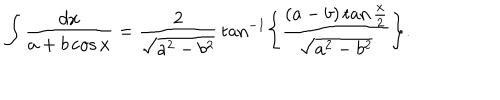
\int { \frac { d x } { a + b \cos x } } = { \frac { 2 } { \sqrt { a ^ { 2 } - b ^ { 2 } } } } \tan ^ { - 1 } \left\{ \frac { ( a - b ) \tan { \frac { x } { 2 } } } { \sqrt { a ^ { 2 } - b ^ { 2 } } } \right\} .